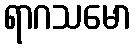
ရာဂသမော